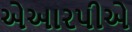
એઆરપીએ